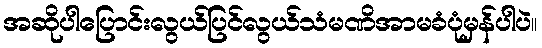
အဆိုပါပြောင်းလွယ်ပြင်လွယ်သံမဏိအာမခံပုံမှန်ပါပဲ။